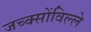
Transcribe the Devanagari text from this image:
जच्क्सोंविल्ले